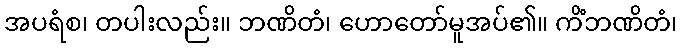
အပရံစ၊ တပါးလည်း။ ဘဏိတံ၊ ဟောတော်မူအပ်၏။ ကိံဘဏိတံ၊